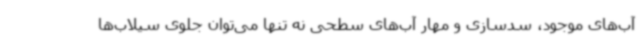
آب‌های موجود، سدسازی و مهار آب‌های سطحی نه تنها می‌توان جلوی سیلاب‌ها